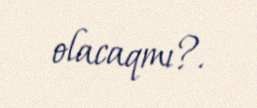
olacaqmı?.